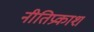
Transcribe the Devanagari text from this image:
नीतिप्रकाश